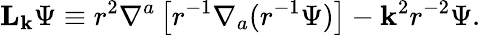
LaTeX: {\mathbf L}_{\mathbf k}\Psi\equiv r^{2}\nabla^{a}\left[r^{-1}\nabla_{a}(r^{-1}\Psi)\right]-{\mathbf k}^{2}r^{-2}\Psi.